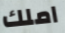
املك